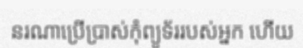
នរណាប្រើប្រាស់កុំព្យូទ័ររបស់អ្នក ហើយ